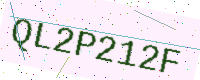
Text: QL2P212F